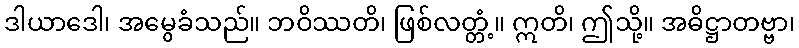
ဒါယာဒေါ၊ အမွေခံသည်။ ဘဝိဿတိ၊ ဖြစ်လတ္တံ့။ ဣတိ၊ ဤသို့။ အဓိဋ္ဌာတဗ္ဗာ၊